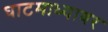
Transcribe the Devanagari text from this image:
घाटमाध्यावर